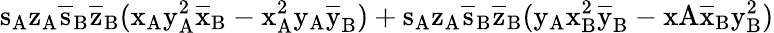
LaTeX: \mathrm{s_{A}\mathrm{z_{A}\mathrm{\overline{{s}}_{B}\mathrm{\overline{{z}}_{B}(\mathrm{x_{A}\mathrm{y_{A}^{2}\mathrm{\overline{{x}}_{B}-\mathrm{x_{A}^{2}\mathrm{y_{A}\mathrm{\overline{{y}}_{B})+\mathrm{s_{A}\mathrm{z_{A}\mathrm{\overline{{s}}_{B}\mathrm{\overline{{z}}_{B}(\mathrm{y_{A}\mathrm{x_{B}^{2}\mathrm{\overline{{y}}_{B}-xA\mathrm{\overline{{x}}_{B}\mathrm{y_{B}^{2})}}}}}}}}}}}}}}}}}}}